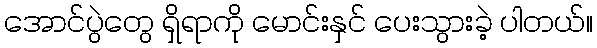
အောင်ပွဲတွေ ရှိရာကို မောင်းနှင် ပေးသွားခဲ့ ပါတယ်။